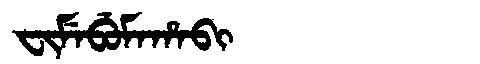
Manchu: ᠸᡳᠮᡝᠪᡠᠮᠠᡥᠠᠪᡳ
Romanization: FIMEBUMAHABI